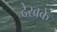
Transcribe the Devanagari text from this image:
देखके